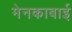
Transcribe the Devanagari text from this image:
मेनकाबाई